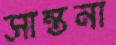
সান্তনা